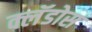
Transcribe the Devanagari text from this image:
क्लॅडोस